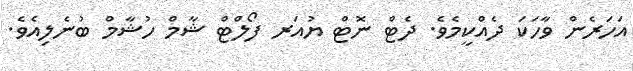
އަހަރެން ވާހަކަ ދެއްކީމެވެ. ދެޓް ނޮޓް ޔުއަރ ފޯލްޓް ޝާމް ހުޝާމް ބުނެލިއެވެ.